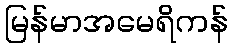
မြန်မာအမေရိကန်